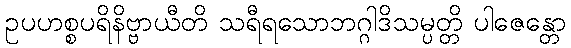
ဥပဟစ္စပရိနိဗ္ဗာယီတိ သရီရသောဘဂ္ဂါဒိသမ္ပတ္တိ ပါဇေန္တော